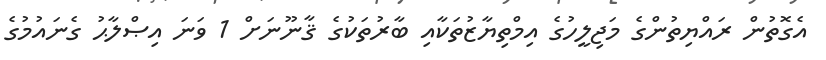
އެގޮތުން ރައްޔިތުންގެ މަޖިލީހުގެ އިމްތިޔާޒުތަކާއި ބާރުތަކުގެ ޤާނޫނަށް 1 ވަނަ އިޞްލާޙު ގެނައުމުގެ